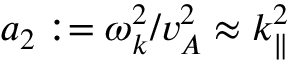
a _ { 2 } : = \omega _ { k } ^ { 2 } / v _ { A } ^ { 2 } \approx k _ { \parallel } ^ { 2 }